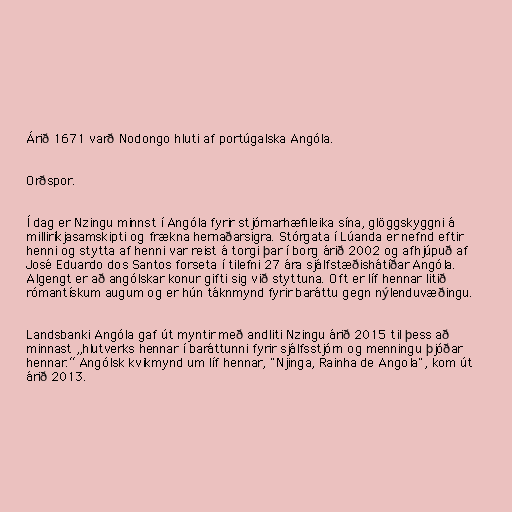
Árið 1671 varð Nodongo hluti af portúgalska Angóla.

Orðspor.

Í dag er Nzingu minnst í Angóla fyrir stjórnarhæfileika sína, glöggskyggni á
milliríkjasamskipti og frækna hernaðarsigra. Stórgata í Lúanda er nefnd eftir
henni og stytta af henni var reist á torgi þar í borg árið 2002 og afhjúpuð af
José Eduardo dos Santos forseta í tilefni 27 ára sjálfstæðishátíðar Angóla.
Algengt er að angólskar konur gifti sig við styttuna. Oft er líf hennar litið
rómantískum augum og er hún táknmynd fyrir baráttu gegn nýlenduvæðingu.

Landsbanki Angóla gaf út myntir með andliti Nzingu árið 2015 til þess að
minnast „hlutverks hennar í baráttunni fyrir sjálfsstjórn og menningu þjóðar
hennar.“ Angólsk kvikmynd um líf hennar, "Njinga, Rainha de Angola", kom út
árið 2013.